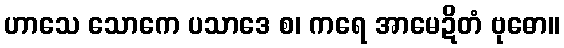
ဟာသေ သောကေ ပသာဒေ စ၊ ကရေ အာမေဍိတံ ဗုဓော။